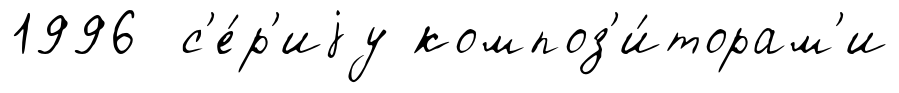
1996 с'е́р'иjу композ'и́торам'и